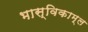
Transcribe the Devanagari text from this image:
भास्विकाम्ल